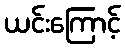
ယင်းကြောင့်